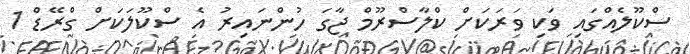
ސްކޫލެއްގައި ވަކި ވަރަކަށް ކްލާސްރޫމް ޖާގަ ހުންނައިރު އެ ސްކޫލަކަށް ގްރޭޑް 1